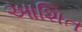
આશિત